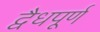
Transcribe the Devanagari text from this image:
द्वैधपूर्ण